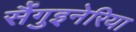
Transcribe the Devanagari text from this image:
सैंगुइनेरिया